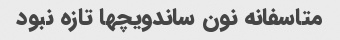
متاسفانه نون ساندویچها تازه نبود